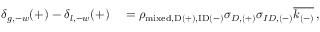
\begin{array} { r l } { \delta _ { g , - w } ( + ) - \delta _ { l , - w } ( + ) } & { { } = \rho _ { \mathrm { { m i x e d } , D ( + ) , I D ( - ) } } \sigma _ { D , ( + ) } \sigma _ { I D , ( - ) } \overline { { k _ { ( - ) } } } \, , } \end{array}